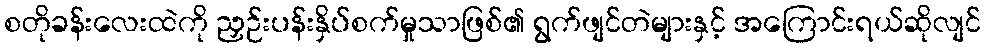
စတိုခန်းလေးထဲကို ညှဉ်းပန်းနှိပ်စက်မှုသာဖြစ်၏ ရွက်ဖျင်တဲများနှင့် အကြောင်းရယ်ဆိုလျင်